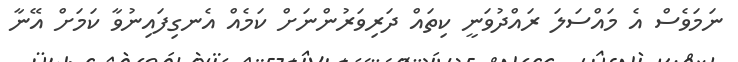
ނަމަވެސް އެ މައްސަލަ ރައްދުވަނީ ކިތައް ދަރިވަރުންނަށް ކަމެއް އެނގިފައިނުވާ ކަމަށް އޭނާ